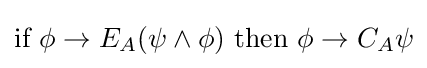
{\textrm {if~}}\phi \rightarrow E_{A}(\psi \land \phi ){\textrm {~then~}}\phi \rightarrow C_{A}\psi